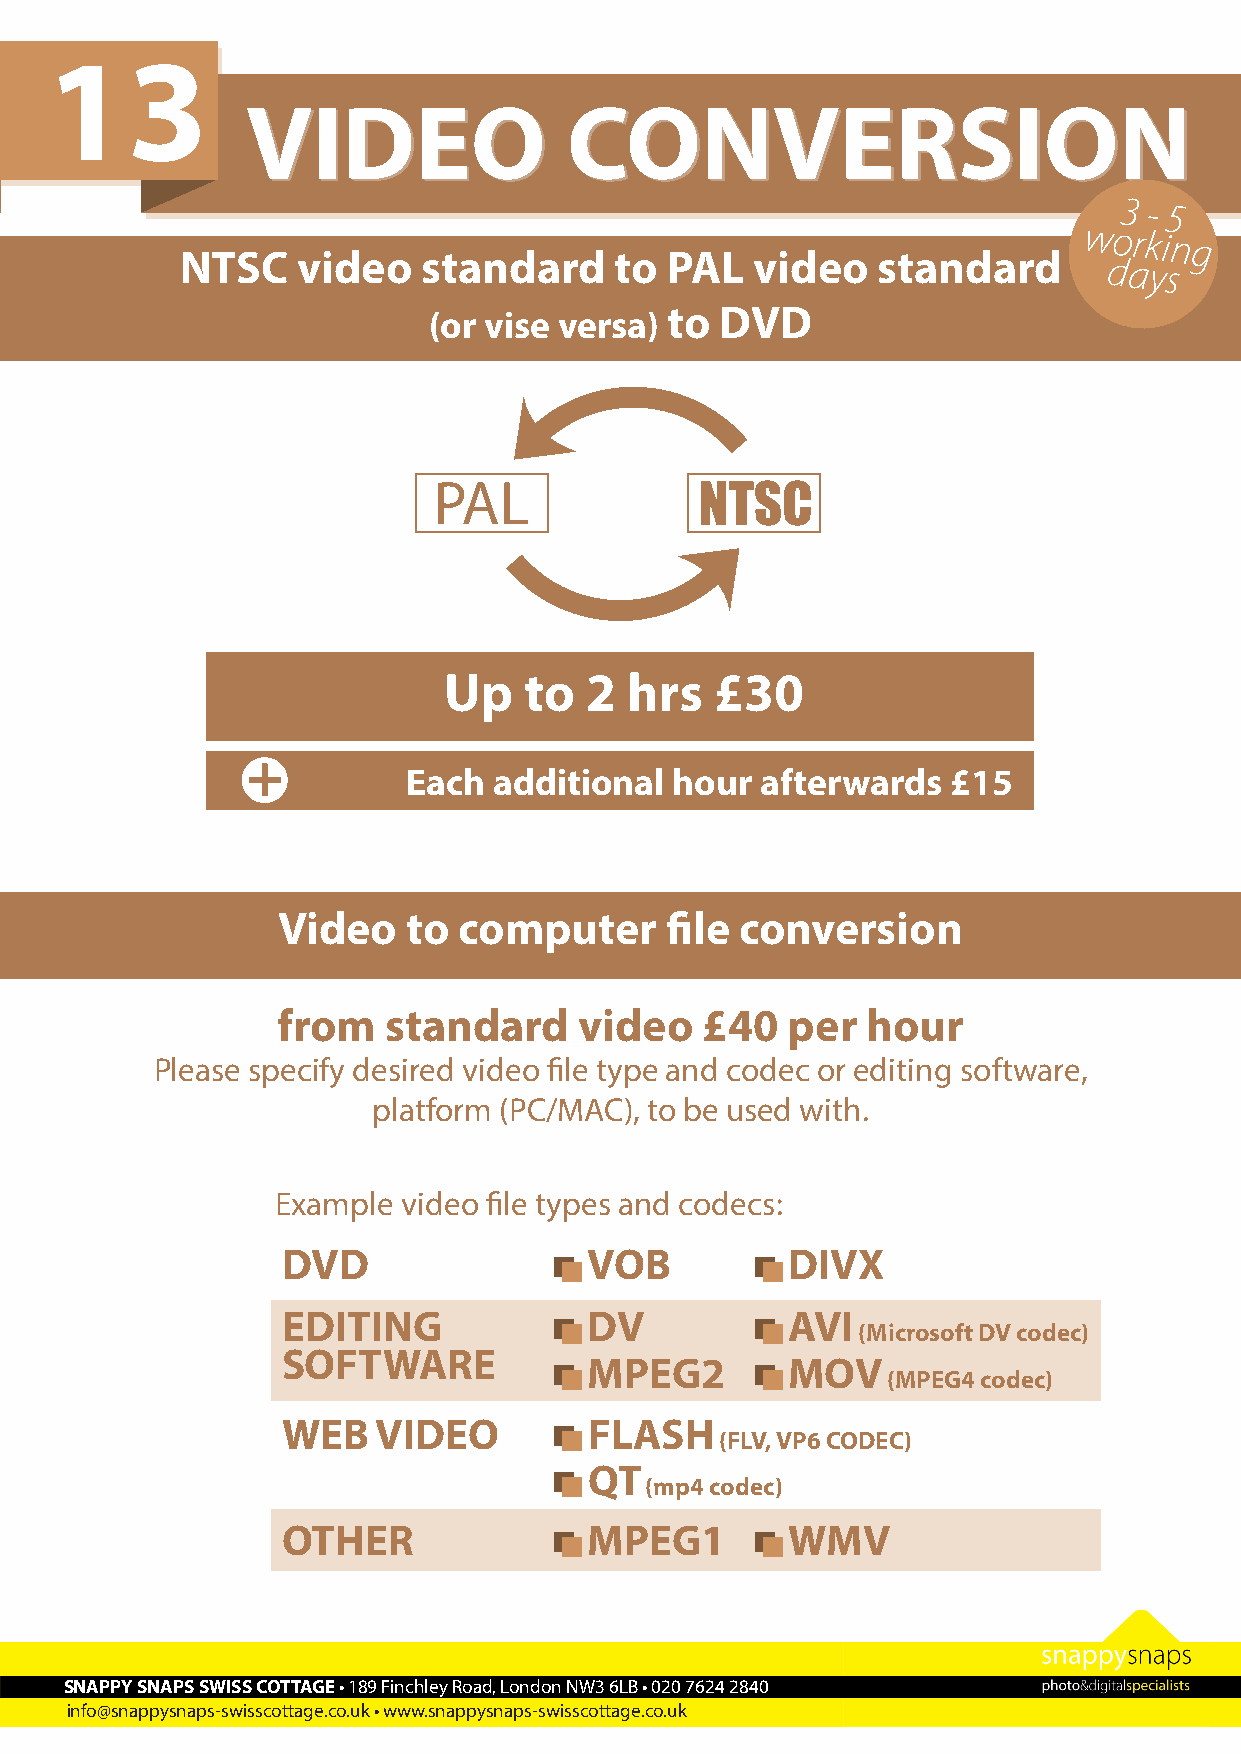
13
 VVIIDDEEOO            CCOONNVVEERRSSIIOONN
 3 - 5
 working
 NTSC    video   standard     to PAL   video   standard
 days
 (or vise versa) to  DVD
 PAL              NTSC
 Up    to  2 hrs   £30
 +
 Each  additional  hour afterwards   £15
 Video    to computer      file conversion
 from   standard     video   £40   per  hour
 Please specify desired video file type and codec or editing software,
 platform (PC/MAC), to be used with.
 Example  video file types and codecs:
 DVD                 VOB          DIVX
 EDITING             DV           AVI
 (Microsoft DV codec)
 SOFTWARE
 MPEG2        MOV
 (MPEG4 codec)
 WEB   VIDEO         FLASH
 (FLV, VP6 CODEC)
 QT
 (mp4 codec)
 OTHER               MPEG1        WMV
 SNAPPY SNAPS SWISS COTTAGE • 189 Finchley Road, London NW3 6LB • 020 7624 2840
 info@snappysnaps-swisscottage.co.uk • www.snappysnaps-swisscottage.co.uk